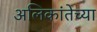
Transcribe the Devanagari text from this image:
अलिकांतेच्या